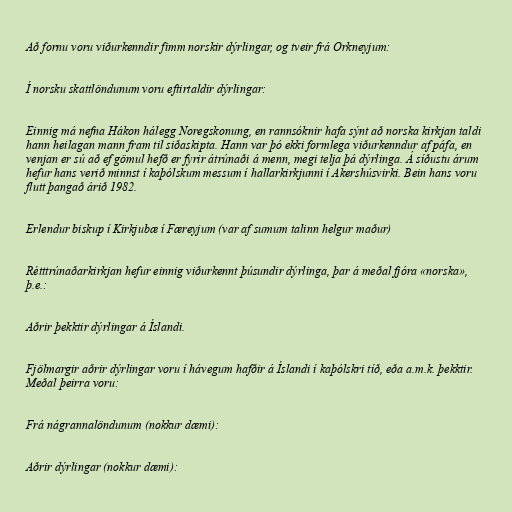
Að fornu voru viðurkenndir fimm norskir dýrlingar, og tveir frá Orkneyjum:

Í norsku skattlöndunum voru eftirtaldir dýrlingar:

Einnig má nefna Hákon hálegg Noregskonung, en rannsóknir hafa sýnt að norska kirkjan taldi
hann heilagan mann fram til siðaskipta. Hann var þó ekki formlega viðurkenndur af páfa, en
venjan er sú að ef gömul hefð er fyrir átrúnaði á menn, megi telja þá dýrlinga. Á síðustu árum
hefur hans verið minnst í kaþólskum messum í hallarkirkjunni í Akershúsvirki. Bein hans voru
flutt þangað árið 1982.

Erlendur biskup í Kirkjubæ í Færeyjum (var af sumum talinn helgur maður)

Rétttrúnaðarkirkjan hefur einnig viðurkennt þúsundir dýrlinga, þar á meðal fjóra «norska»,
þ.e.:

Aðrir þekktir dýrlingar á Íslandi.

Fjölmargir aðrir dýrlingar voru í hávegum hafðir á Íslandi í kaþólskri tíð, eða a.m.k. þekktir.
Meðal þeirra voru:

Frá nágrannalöndunum (nokkur dæmi):

Aðrir dýrlingar (nokkur dæmi):